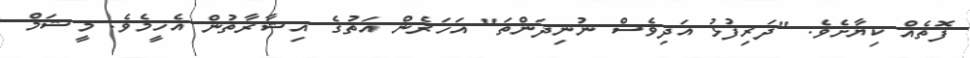
ފޮތެއް ކިޔާށެވެ. "ދަރިފުޅު އަދިވެސް ނުނިދަންތަ" އަހަރެން އަތުގެ އިޝާރާތުން އެހީމެވެ. މީޝަމް